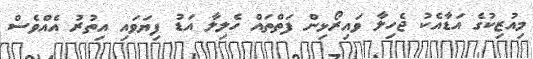
މިއުޒިކުގެ އަޑާއެކު ޖެހިލާ ވައިރޯޅިން ފަތްތައް ހެލިލާ އަޑު ފިޔަވައި އިތުރު އެއްވެސް